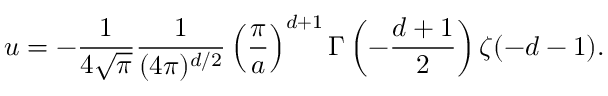
u = - { \frac { 1 } { 4 \sqrt \pi } } { \frac { 1 } { ( 4 \pi ) ^ { d / 2 } } } \left( { \frac { \pi } { a } } \right) ^ { d + 1 } \Gamma \left( - { \frac { d + 1 } { 2 } } \right) \zeta ( - d - 1 ) .